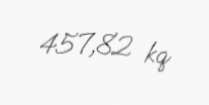
457,82 kq